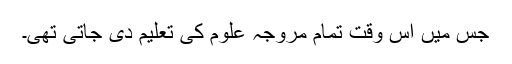
جس میں اس وقت تمام مروجہ علوم کی تعلیم دی جاتی تھی۔